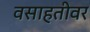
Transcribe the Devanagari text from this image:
वसाहतीवर